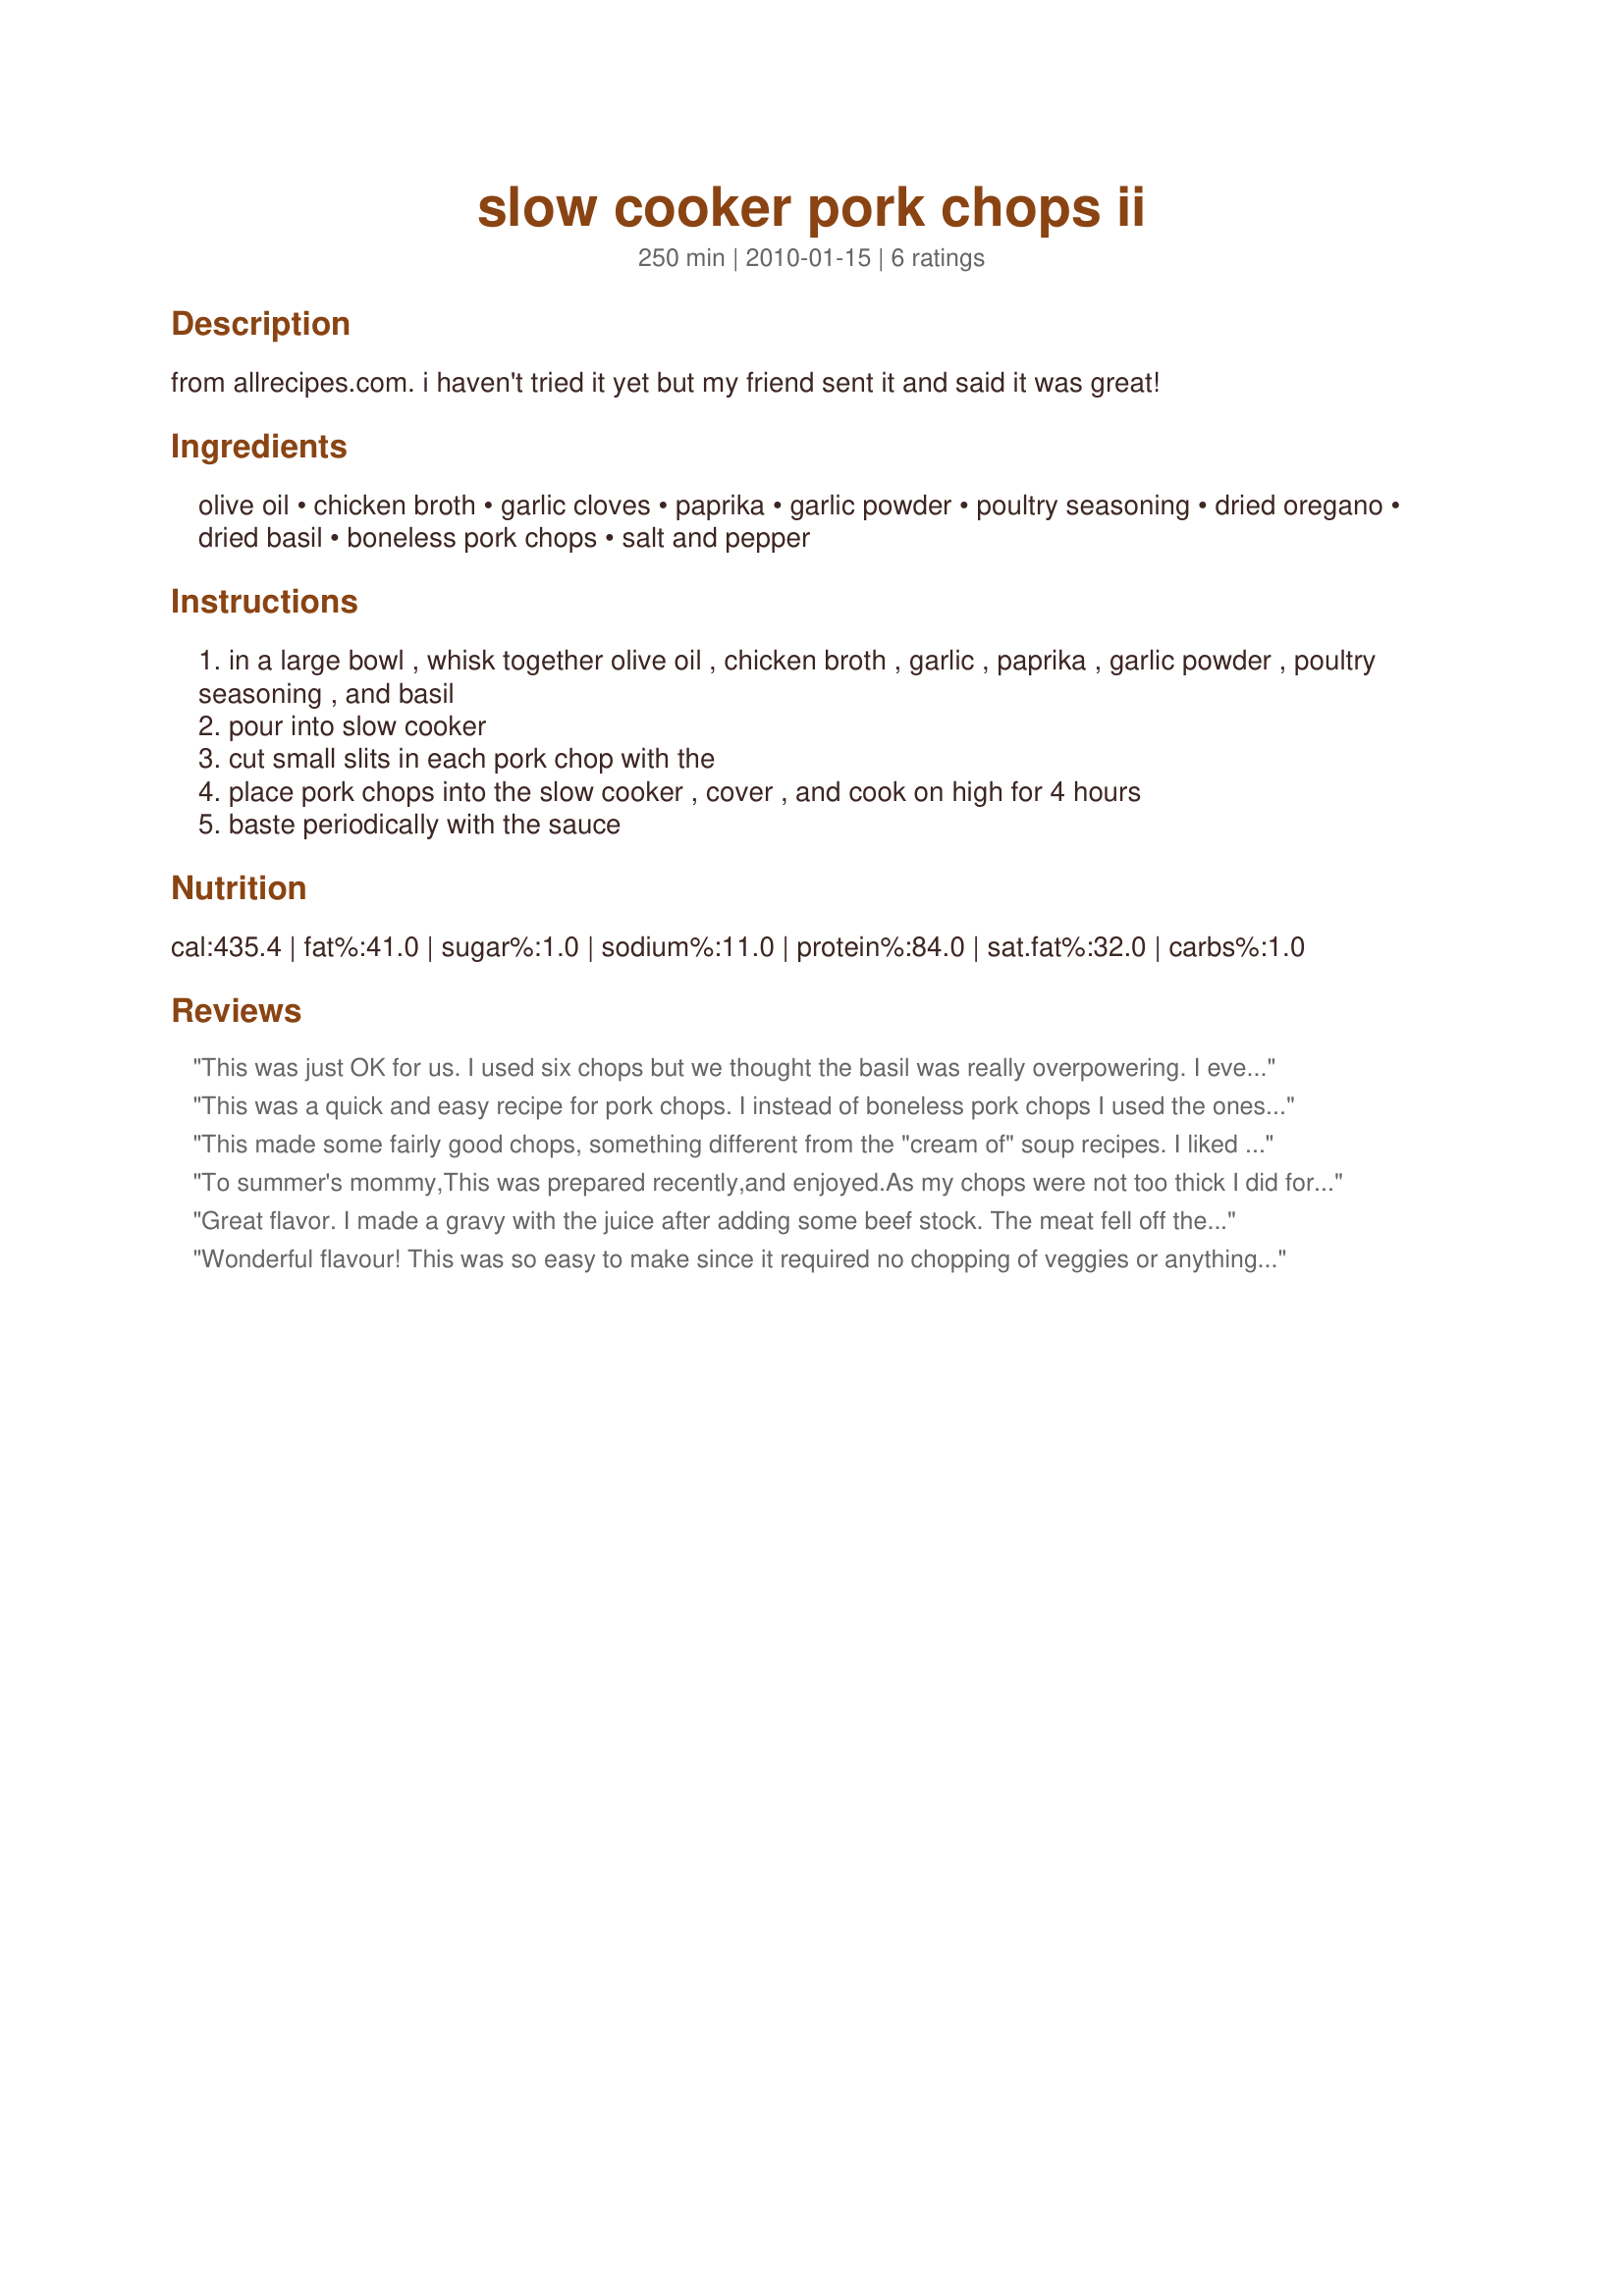
slow cooker pork chops ii
Preparation time: 250 minutes

from allrecipes.com. i haven't tried it yet but my friend sent it and said it was great!

Ingredients:
olive oil, chicken broth, garlic cloves, paprika, garlic powder, poultry seasoning, dried oregano, dried basil, boneless pork chops, salt and pepper

Steps:
in a large bowl , whisk together olive oil , chicken broth , garlic , paprika , garlic powder , poultry seasoning , and basil
pour into slow cooker
cut small slits in each pork chop with the
place pork chops into the slow cooker , cover , and cook on high for 4 hours
baste periodically with the sauce

Reviews:
This was just OK for us. I used six chops but we thought the basil was really overpowering. I even used a whole can of chicken broth but that didn't seem to help. These were really dry for us too.
This was a quick and easy recipe for pork chops. I instead of boneless pork chops I used the ones with the bone-in. I also washed and sliced up some potatoes and onions (I wanted mashed potatoes but this was much more convenient) and placed them in the bottom of the crock pot. I then poured the liquid mixture over into the crockpot. I also seasoned my pork chops with minimal salt and pepper along with some Italian dressing mix. Placed them into the crockpot on top of the potato and onions. Let it cook on HIGH for 4.5 hours basting the pork chops throughout the cooking time. They turned out delicious and moist to the point they were falling apart trying to take them out.
This made some fairly good chops, something different from the "cream of" soup recipes. I liked it okay, but wasn't the greatest. I did cook for about 8 hours on low. The chops were tender, but a little bit dry.
To summer's mommy,This was prepared recently,and enjoyed.As my chops were not too thick I did for only three hours,and was very tender.Will centainly do again.....regards Don
Great flavor. I made a gravy with the juice after adding some beef stock. The meat fell off the bone...it was so tender. I would not change anything. Fast and perfect recipe!
Wonderful flavour! This was so easy to make since it required no chopping of veggies or anything which is great when you are in a HUGE rush to get out the door, but want dinner ready for you when you get home. Next time I might try throwing some potatoes or yams in there to soak up all that extra yummy sauce, but not sure how that will turn out.
